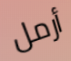
أرمل